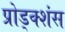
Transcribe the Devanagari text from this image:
प्रोड्क्शंस